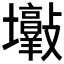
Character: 𡔋